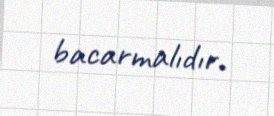
bacarmalıdır.